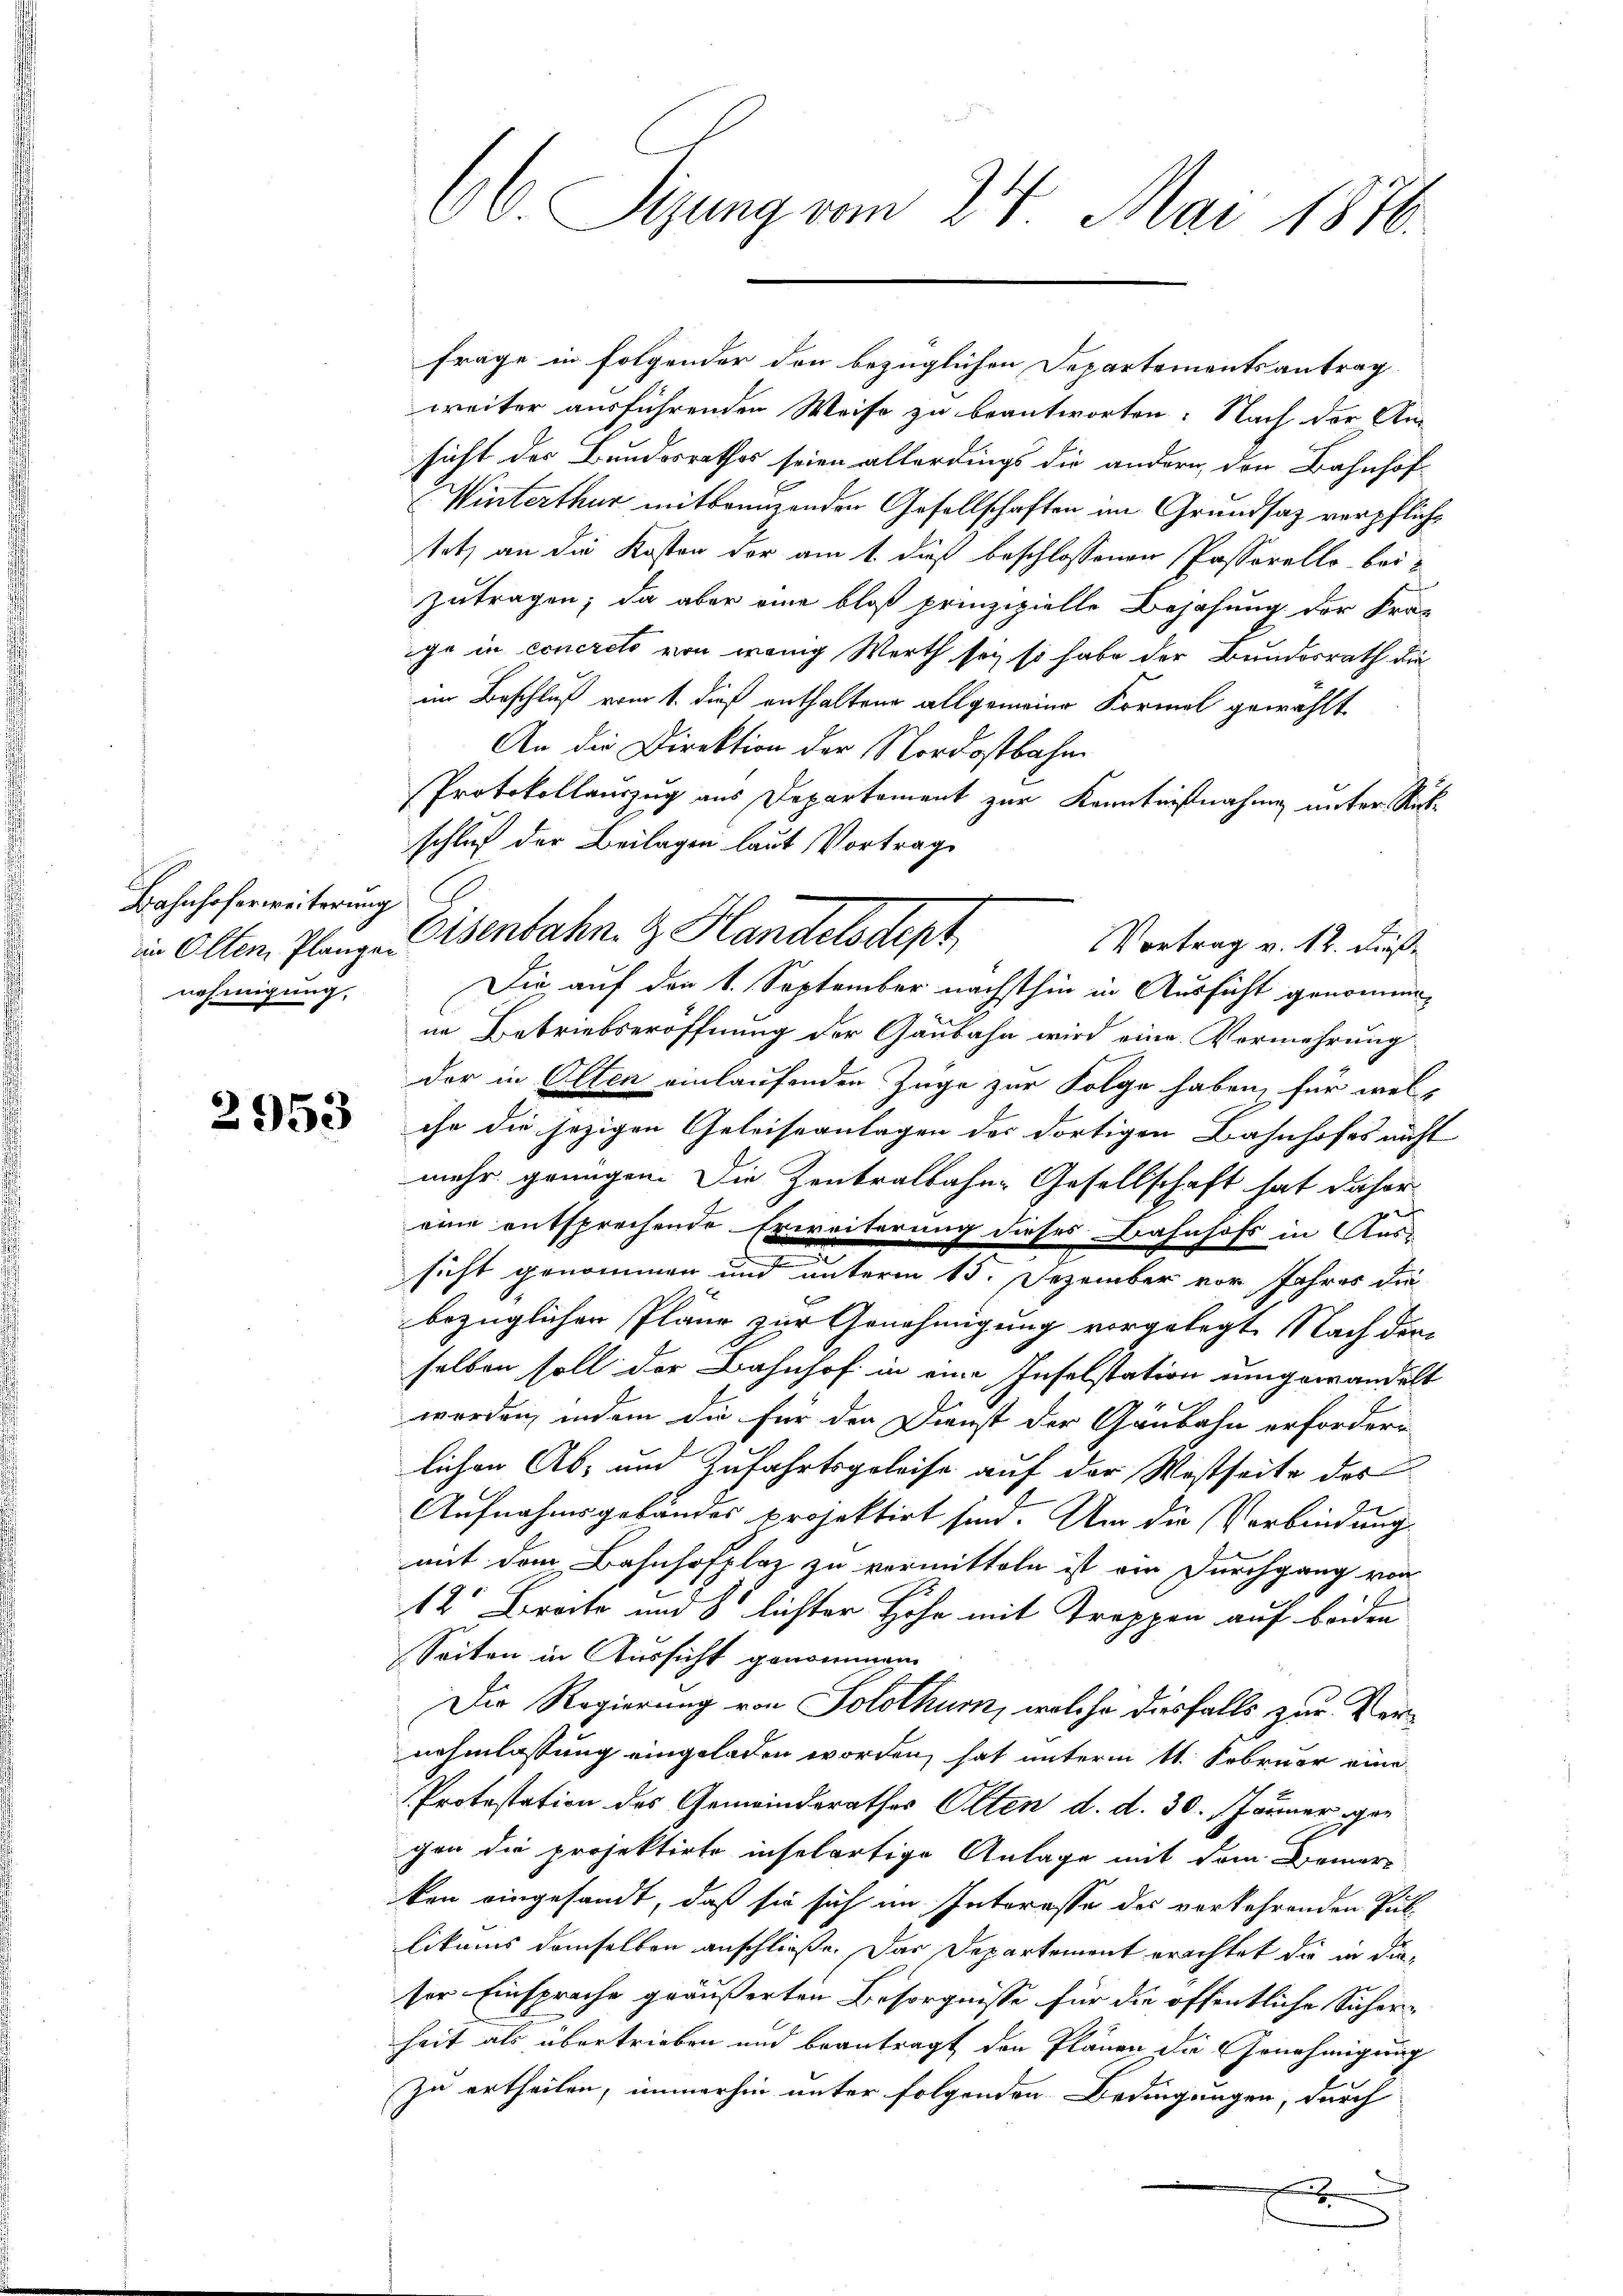
Bahnhoferweiterung
nehmigung,

2953

66 Sizung vom 24. Mai 1876.

frage in folgender den bezüglichen Departementsantrag
weiter ausführenden Weise zu beantworten. Nach der An-
sicht der Bundesrathes seien allerdings die andern, den Bahnhof-
Winterthur mitbrenzenden Gesellschaften im Grundsaz verpflichtetz an die Kosten der am 1. dieß beschlossenen Passorelle beizutragen; da aber eine bloß prinzipielle Bejahung der Frag
ge in concreto von wenig Werth sei, so habe der Bundesrath die
im Beschluß vom 1. dieß enthaltene allgemeine Formel gewählt
An die Direktion der Nordostbahn
Protokollauszug aus Departement zur Kenntnisnahmen unter Rückschluß der Beilagen laut Vortrag
in Olten Planze Eisenbahn- & Handelsdept
Die auf den 1. September nächsthin in Ausfühl genommen
ne Betriebseröffnung der Ganbahn wird eine Vormehrung
der in Olten einlaufenden Züge zur Folge haben, für welch
ihr die jezigen Geleiseanlagen der dortigen Bahnhofes nicht
mehr grungen. Die Zentralbahne Gesellschaft hat daher
eine entsprechende Erweiterung dieses Bahnhofs in Aus-
sicht genommen und unterm 15. Dezember vor Jahres die
bezüglichen Pläne zur Genehmigung vorgelegt. Nach dem
selben soll der Bahnhof in eine Inselstation umgewandelt
werden, indem die für den Dienst der Gäubeln erfordern
lichen Ab- und Zufahrtsgeleise auf der Wisseite des
Aufnahmsgebäudes projektirt sind. Um die Verbindung
mit dem Bahnhofplaz zu vermitteln ist ein Durchgang von
12 Breite und 8 lichter Höhe mit Treppen auf beiden
Seiten in Aussicht genommen.
Die Regierung von Solothurn, welche diesfalls zur Vernehmlassung eingeladen worden, hat unterm 11. Februar eine
Protestation des Gemeinderathes Olten d. d. 30. Jänner, gan
gen die projektirte inselartige Anlage mit dem Bemerken eingesandt, daß sie sich im Interesse des vorkehrenden Pullikums demselben anschließe. Das Departement erachtet die in dieser Einsprache geäußerten Besorgnisse für die öffentliche Sicherheit als übertrieben und beantragt den Plänen die Genehmigung
Zu ertheilen, immerhin unter folgenden Bedingungen, durch
x
.

Vortrag v. 12. Fäße